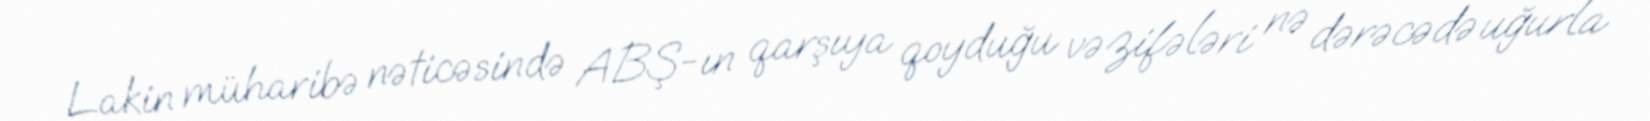
Lakin müharibə nəticəsində ABŞ-ın qarşıya qoyduğu vəzifələri nə dərəcədə uğurla